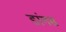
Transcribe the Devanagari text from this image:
डांगस